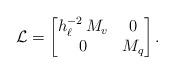
LaTeX: \begin{align*} \mathcal{L} = \begin{bmatrix} h_\ell^{-2} \, M_v & 0 \\ 0 & M_q\end{bmatrix} .\end{align*}